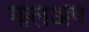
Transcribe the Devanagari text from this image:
गालअप